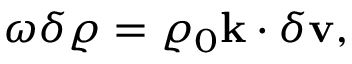
\begin{array} { r } { \omega \delta \varrho = \varrho _ { 0 } \mathbf { k } \cdot \delta \mathbf { v } , } \end{array}